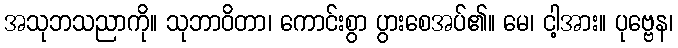
အသုဘသညာကို။ သုဘာဝိတာ၊ ကောင်းစွာ ပွားစေအပ်၏။ မေ၊ ငါ့အား။ ပုဗ္ဗေန၊